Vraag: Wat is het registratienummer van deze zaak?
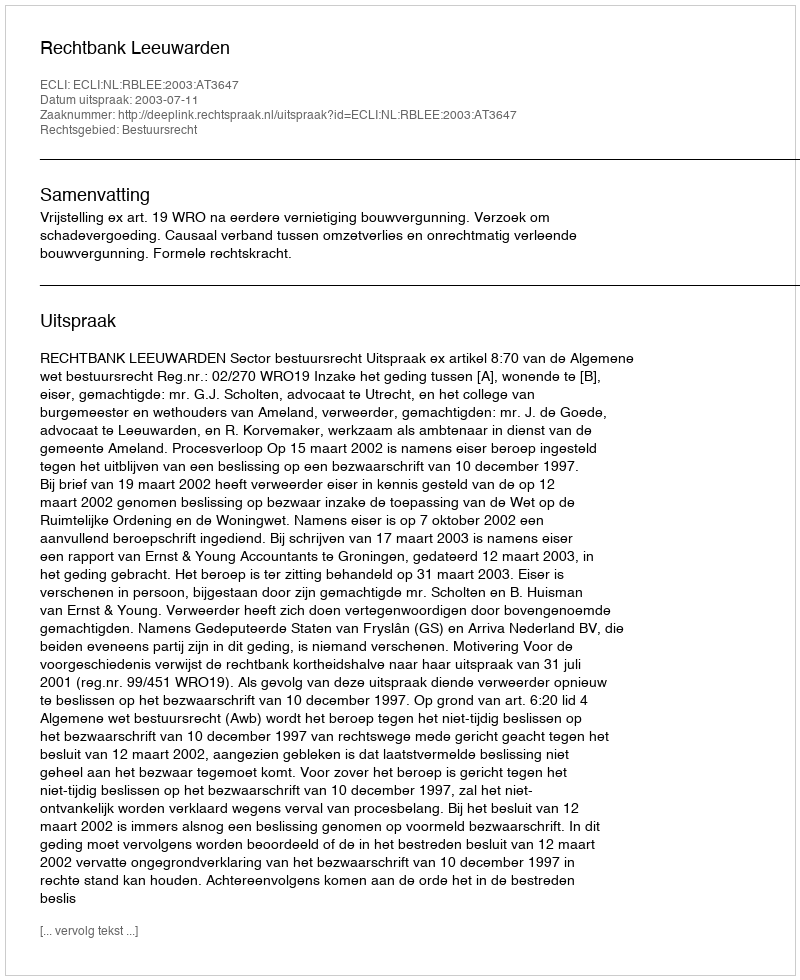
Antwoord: http://deeplink.rechtspraak.nl/uitspraak?id=ECLI:NL:RBLEE:2003:AT3647